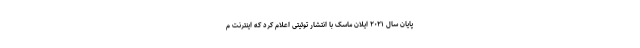
پایان سال ۲۰۲۱ ایلان ماسک با انتشار توئیتی اعلام کرد که اینترنت م